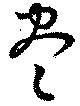
尽